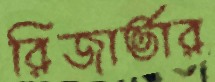
রিজার্ভার